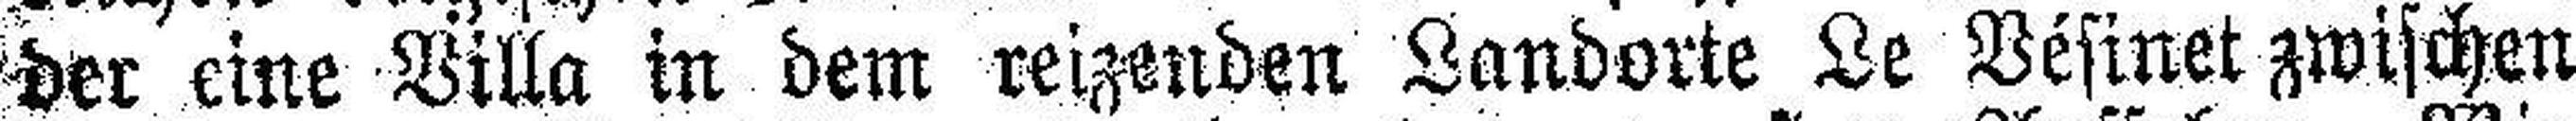
der eine Villa in dem reizenden Landorte Le Vésinet zwischen